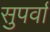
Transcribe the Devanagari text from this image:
सुपर्वा